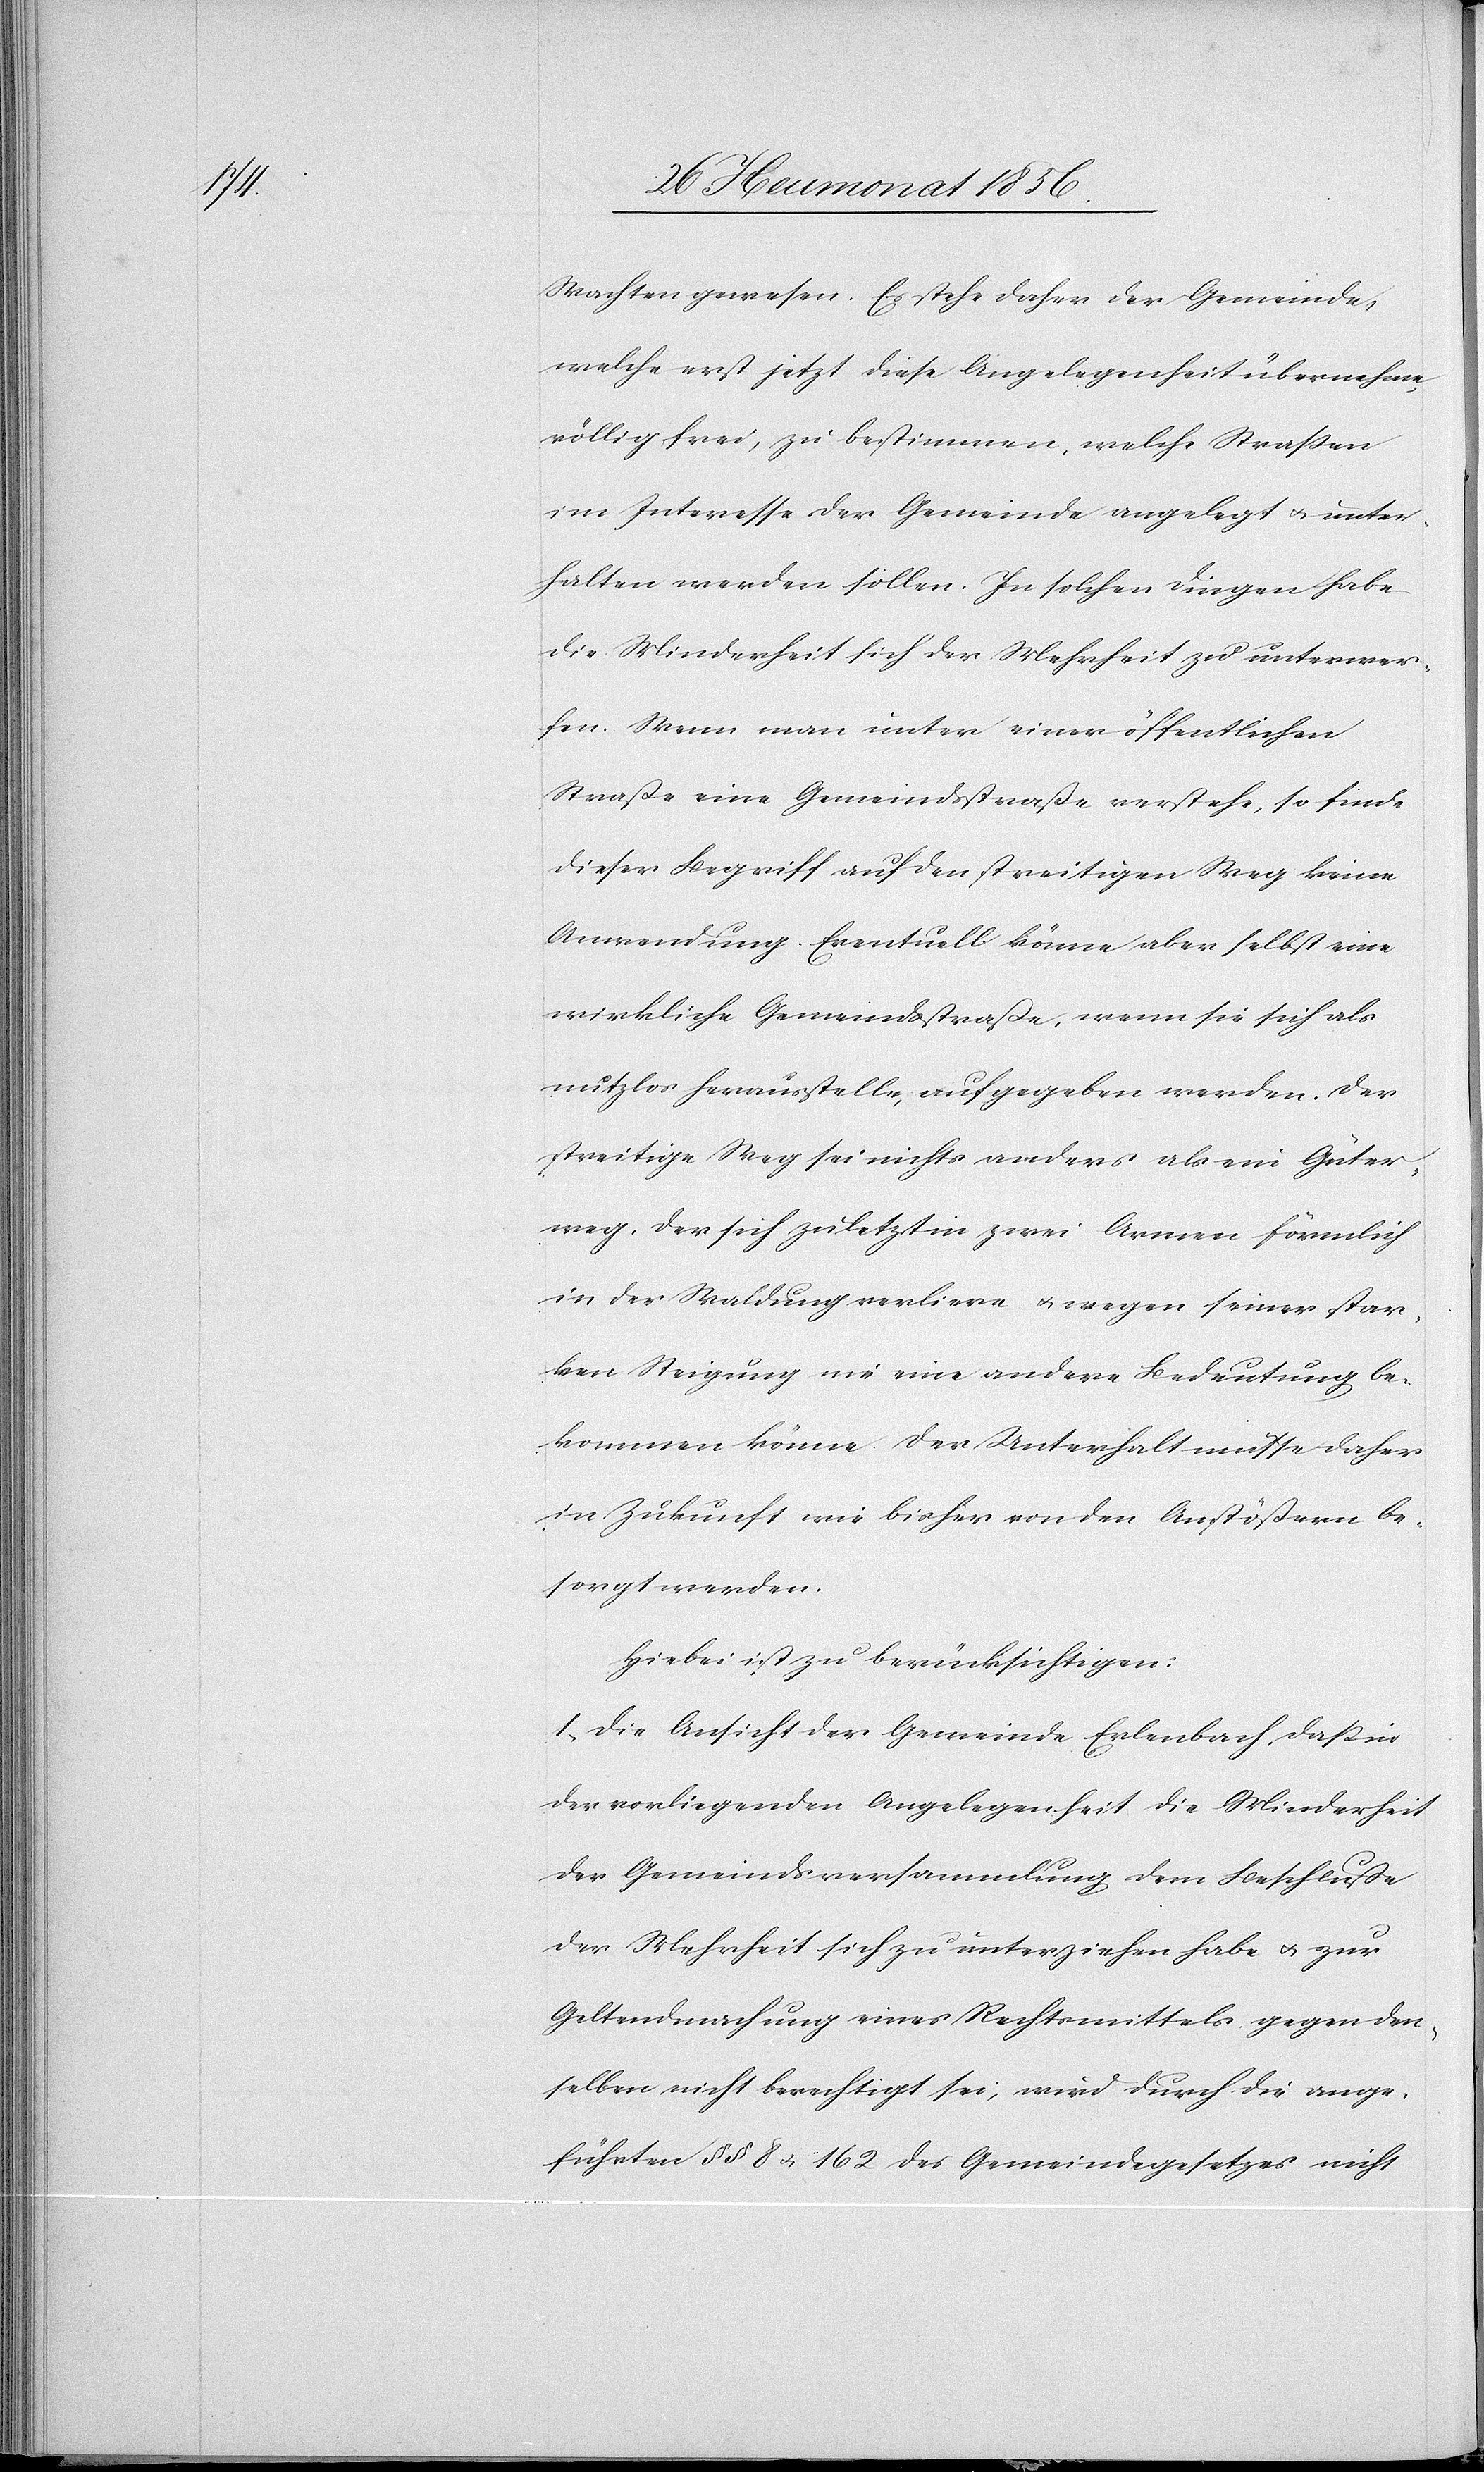
Wachten gewesen. Es stehe daher der Gemeinde,
welche erst jetzt diese Angelegenheit übernehme,
völlig frei, zu bestimmen, welche Strassen
im Interesse der Gemeinde angelegt u. unter¬
halten werden sollen. In solchen Dingen habe
die Minderheit sich der Mehrheit zu unterwer¬
fen. Wenn man unter einer öffentlichen
Straße eine Gemeindsstraße verstehe, so finde
dieser Begriff auf den streitigen Weg keine
Anwendung. Eventuell könne aber selbst eine
wirkliche Gemeindsstraße, wenn sie sich als
nutzlos herausstelle, aufgegeben werden. Der
streitige Weg sei nichts anders als ein Güter¬
weg, der sich zuletzt in zwei Armen förmlich
in der Waldung verliere u. wegen seiner star¬
ken Steigung nie eine andere Bedeutung be¬
kommen könne. Der Unterhalt müsse daher
in Zukunft wie bisher von den Anstößern be¬
sorgt werden.
Hiebei ist zu berücksichtigen:
1.) Die Ansicht der Gemeinde Erlenbach, dass in
der vorliegenden Angelegenheit die Minderheit
der Gemeindsversammlung dem Beschluße
der Mehrheit sich zu unterziehen habe u. zur
Geldendmachung eines Rechtmittels gegen den¬
selben nicht berechtigt sei, wird durch die ange¬
führten §§ 8 u. 162 des Gemeindegesetzes nicht